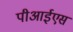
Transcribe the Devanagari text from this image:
पीआईएस